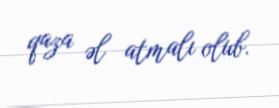
qaza əl atmalı olub.